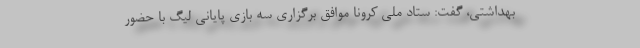
بهداشتی، گفت: ستاد ملی کرونا موافق برگزاری سه بازی پایانی لیگ با حضور